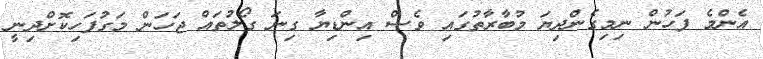
އެންމެ ފަހުން ނިމިގެންދިޔަ މުބާރާތުގައި ވެސް އިންޑިޔާ ގިނަ ގޯލުތައް ޖަހަން މަގުފަހިކޮށްދިނީ